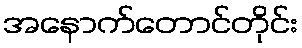
အနောက်တောင်တိုင်း